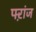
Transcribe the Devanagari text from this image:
फ्ऱांज